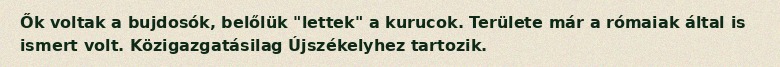
Ők voltak a bujdosók, belőlük "lettek" a kurucok. Területe már a rómaiak által is ismert volt. Közigazgatásilag Újszékelyhez tartozik.